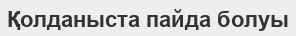
Қолданыста пайда болуы